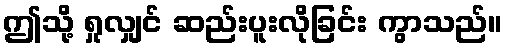
ဤသို့ ရှုလျှင် ဆည်းပူးလိုခြင်း ကွာသည်။